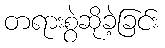
တရားစွဲဆိုခဲ့ခြင်း